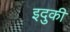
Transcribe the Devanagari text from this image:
इदुकी